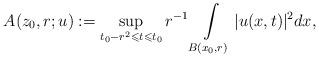
LaTeX: \begin{align*}A(z_{0},r;u):= \sup_{t_{0}-r^2\leqslant t\leqslant t_0}r^{-1}\int\limits_{B(x_{0},r)}|u(x,t)|^2dx,\end{align*}